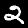
Label: 2